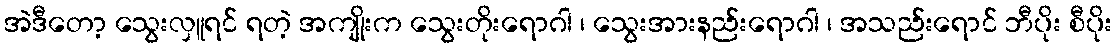
အဲဒီတော့ သွေးလှူရင် ရတဲ့ အကျိုးက သွေးတိုးရောဂါ ၊ သွေးအားနည်းရောဂါ ၊ အသည်းရောင် ဘီပိုး စီပိုး